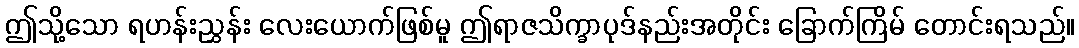
ဤသို့သော ရဟန်းညွှန်း လေးယောက်ဖြစ်မူ ဤရာဇသိက္ခာပုဒ်နည်းအတိုင်း ခြောက်ကြိမ် တောင်းရသည်။